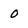
Character: 0